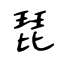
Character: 琵